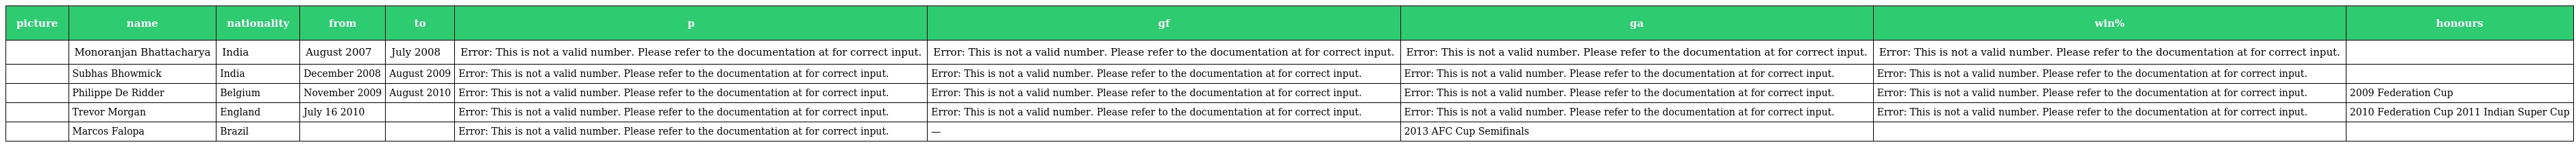
| picture | name | nationality | from | to | p | gf | ga | win% | honours |
 | --- | --- | --- | --- | --- | --- | --- | --- | --- | --- |
 |  | Monoranjan Bhattacharya | India | August 2007 | July 2008 | Error: This is not a valid number. Please refer to the documentation at for correct input. | Error: This is not a valid number. Please refer to the documentation at for correct input. | Error: This is not a valid number. Please refer to the documentation at for correct input. | Error: This is not a valid number. Please refer to the documentation at for correct input. |  |
 |  | Subhas Bhowmick | India | December 2008 | August 2009 | Error: This is not a valid number. Please refer to the documentation at for correct input. | Error: This is not a valid number. Please refer to the documentation at for correct input. | Error: This is not a valid number. Please refer to the documentation at for correct input. | Error: This is not a valid number. Please refer to the documentation at for correct input. |  |
 |  | Philippe De Ridder | Belgium | November 2009 | August 2010 | Error: This is not a valid number. Please refer to the documentation at for correct input. | Error: This is not a valid number. Please refer to the documentation at for correct input. | Error: This is not a valid number. Please refer to the documentation at for correct input. | Error: This is not a valid number. Please refer to the documentation at for correct input. | 2009 Federation Cup |
 |  | Trevor Morgan | England | July 16 2010 |  | Error: This is not a valid number. Please refer to the documentation at for correct input. | Error: This is not a valid number. Please refer to the documentation at for correct input. | Error: This is not a valid number. Please refer to the documentation at for correct input. | Error: This is not a valid number. Please refer to the documentation at for correct input. | 2010 Federation Cup 2011 Indian Super Cup |
 |  | Marcos Falopa | Brazil |  |  | Error: This is not a valid number. Please refer to the documentation at for correct input. | — | 2013 AFC Cup Semifinals |  |  |